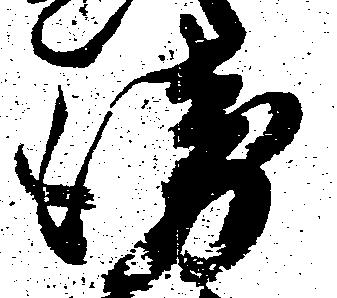
衛